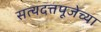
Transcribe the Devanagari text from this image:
सत्यदत्तपूजेच्या